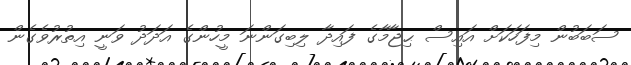
ސަބަބުން މިފަހަކަށް އައިސް ޙިޖާމާގެ ފައިދާ ލިބިގަންނަ މީހުންގެ އަދަދު ވަނީ އިތުރުވެގެން